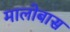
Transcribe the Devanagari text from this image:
मालोबास